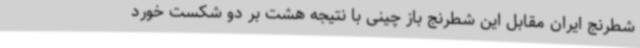
شطرنج ایران مقابل این شطرنج باز چینی با نتیجه هشت بر دو شکست خورد